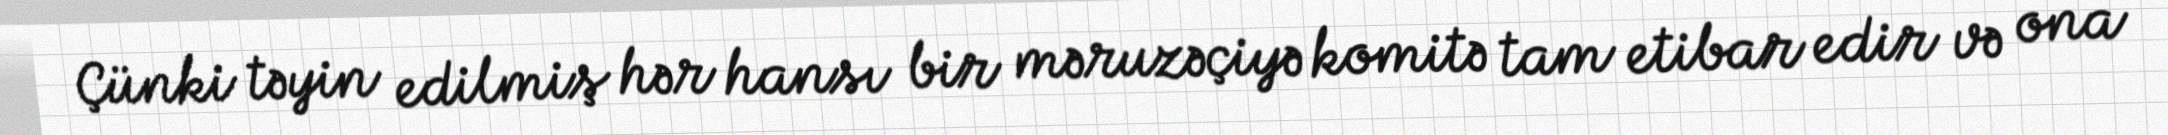
Çünki təyin edilmiş hər hansı bir məruzəçiyə komitə tam etibar edir və ona